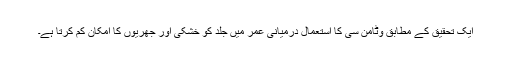
ایک تحقیق کے مطابق وٹامن سی کا استعمال درمیانی عمر میں جلد کو خشکی اور جھریوں کا امکان کم کرتا ہے۔